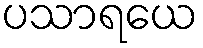
ပသာရယေ